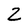
Character: 2